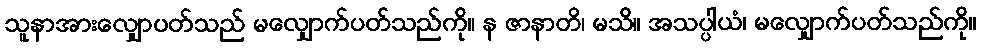
သူနာအားလျှောပတ်သည် မလျှောက်ပတ်သည်ကို။ န ဇာနာတိ၊ မသိ။ အသပ္ပါယံ၊ မလျှောက်ပတ်သည်ကို။